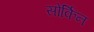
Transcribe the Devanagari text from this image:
सोर्किन